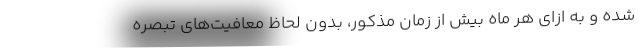
شده و به ازای هر ماه بیش از زمان مذکور، بدون لحاظ معافیت‌های تبصره